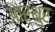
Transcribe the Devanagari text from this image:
आर्थुर